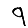
Digit: 9